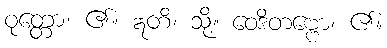
ဝုတ္တော၊ ၏။ ဣတိ၊ သို့။ ဝေဒိတဗ္ဗော၊ ၏။